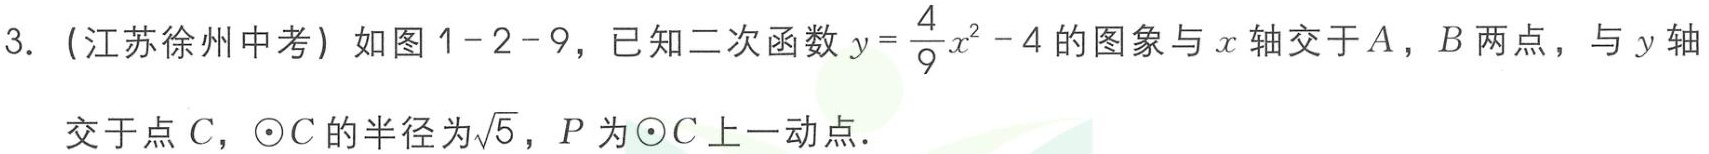
3. (江苏徐州中考) 如图1-2-9，已知二次函数\(y = \frac{4}{9}x^{2}-4\)的图象与\(x\)轴交于\(A\)，\(B\)两点，与\(y\)轴交于点\(C\)，\(\odot C\)的半径为\(\sqrt{5}\)，\(P\)为\(\odot C\)上一动点.